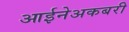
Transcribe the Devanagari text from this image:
आईनेअकबरी